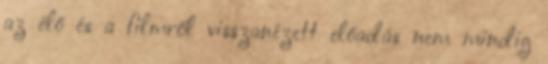
az élő és a filmről visszanézett előadás nem mindig